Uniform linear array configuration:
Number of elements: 16
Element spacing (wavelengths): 0.5
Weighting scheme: binomial
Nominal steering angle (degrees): -60
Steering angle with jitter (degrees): -60.1
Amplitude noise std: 0.05
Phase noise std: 0.05

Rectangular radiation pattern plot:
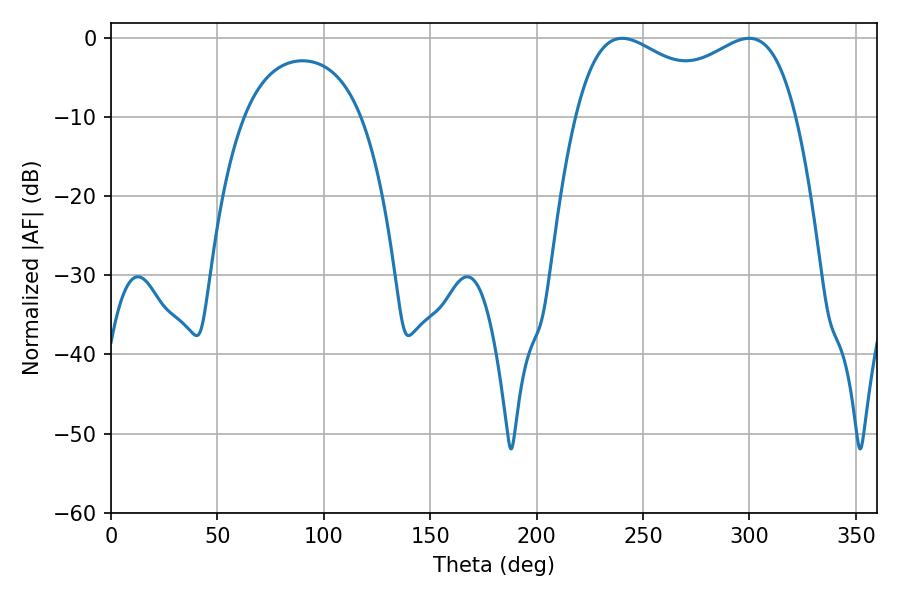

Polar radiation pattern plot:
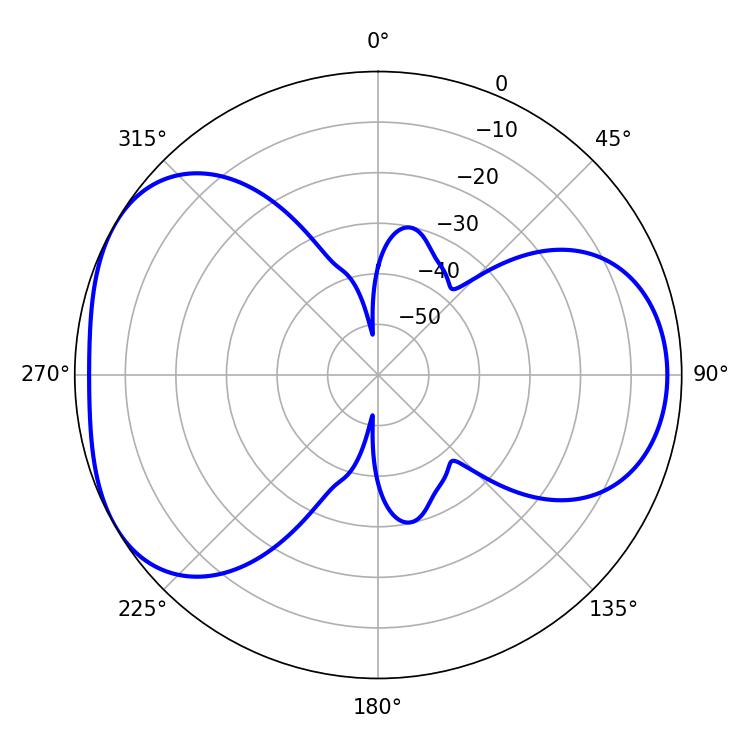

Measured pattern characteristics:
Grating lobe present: FALSE
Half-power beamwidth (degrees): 86.04
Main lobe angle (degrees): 240.12